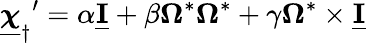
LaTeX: {{\underline{{\boldsymbol{\chi}}}_{\dagger}}^{\prime}=\alpha\underline{{\mathbf I}}+\beta\boldsymbol\Omega^{*}\boldsymbol\Omega^{*}+\gamma\boldsymbol\Omega^{*}\times\underline{{\mathbf I}}}